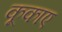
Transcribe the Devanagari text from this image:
कूकाए